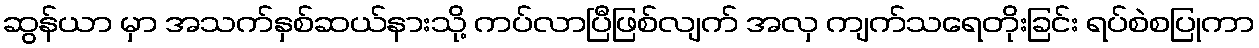
ဆွန်ယာ မှာ အသက်နှစ်ဆယ်နားသို့ ကပ်လာပြီဖြစ်လျက် အလှ ကျက်သရေတိုးခြင်း ရပ်စဲစပြုကာ